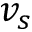
v _ { s }